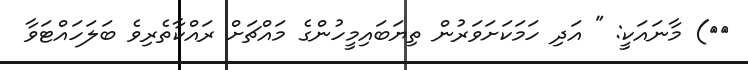
١٢) މާނައަކީ: " އަދި ހަމަކަށަވަރުން ތިޔަބައިމީހުންގެ މައްޗަށް ރައްކާތެރިވެ ބަލަހައްޓަވާ